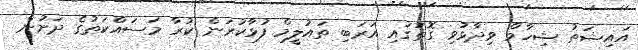
އައިޝަތު ޝިހާމް ވިދާޅުވި ގޮތުގައި އަރަބި ތައުލީމް ފުޅާކުރަން ކުރާ މަސައްކަތުގެ ދަށުން